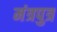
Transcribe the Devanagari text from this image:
मंत्रपुत्र